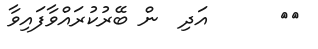
٢٥      އަދި  ން ބޭރުކުރައްވާފައިވާ